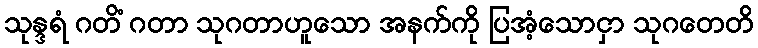
သုန္ဒရံ ဂတိံ ဂတာ သုဂတာဟူသော အနက်ကို ပြအံ့သောငှာ သုဂတေတိ